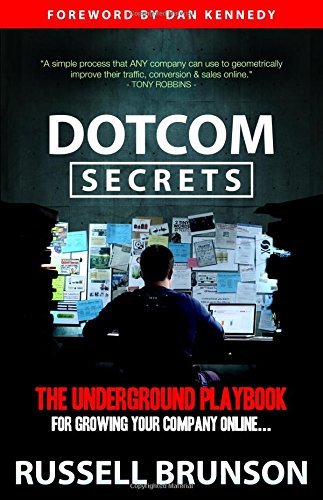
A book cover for DotCom Secrets: The Underground Playbook for Growing Your Company Online; Russell Brunson; Computers & Technology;